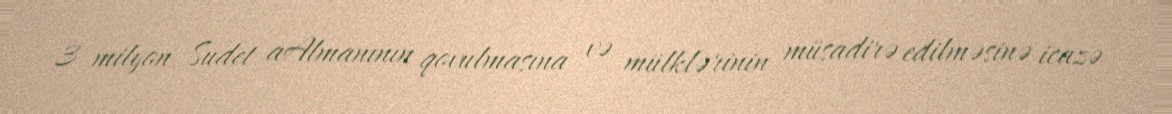
3 milyon Sudet aAlmanının qovulmasına və mülklərinin müsadirə edilməsinə icazə